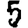
Digit: 5